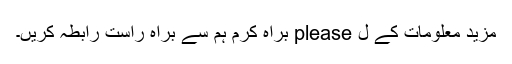
مزید معلومات کے ل please براہ کرم ہم سے براہ راست رابطہ کریں۔